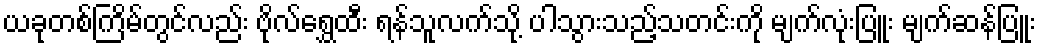
ယခုတစ်ကြိမ်တွင်လည်း ဗိုလ်ရွှေထီး ရန်သူလက်သို့ ပါသွားသည့်သတင်းကို မျက်လုံးပြူး မျက်ဆန်ပြူး